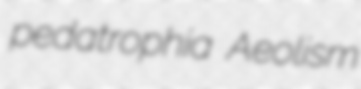
pedatrophia Aeolism